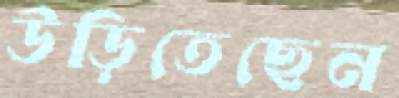
উড়িতেছেন